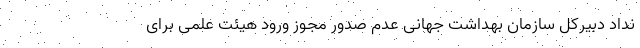
نداد دبیرکل سازمان بهداشت جهانی عدم صدور مجوز ورود هیئت علمی برای